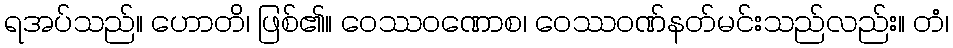
ရအပ်သည်။ ဟောတိ၊ ဖြစ်၏။ ဝေဿဝဏောစ၊ ဝေဿဝဏ်နတ်မင်းသည်လည်း။ တံ၊